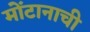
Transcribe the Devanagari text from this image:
मोंटानाची